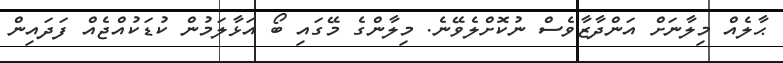
ޙާލެއް މިލާނަށް އަންދާޒާވެސް ނުކޮށްލެވޭނެ. މިލާންގެ މޭގައި ބޯ އަޅާލަމުން ކުޑަކުއްޖެއް ފަދައިން